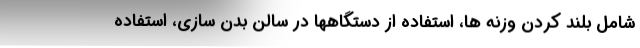
شامل بلند کردن وزنه ها، استفاده از دستگاهها در سالن بدن سازی، استفاده